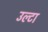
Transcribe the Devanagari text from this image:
उल्‍टा